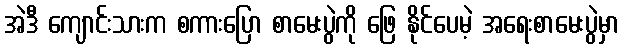
အဲဒီ ကျောင်းသားက စကားပြော စာမေးပွဲကို ဖြေ နိုင်ပေမဲ့ အရေးစာမေးပွဲမှာ